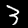
Label: 3